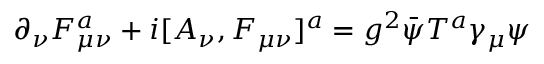
\partial _ { \nu } F _ { \mu \nu } ^ { a } + i [ A _ { \nu } , F _ { \mu \nu } ] ^ { a } = g ^ { 2 } \bar { \psi } T ^ { a } \gamma _ { \mu } \psi